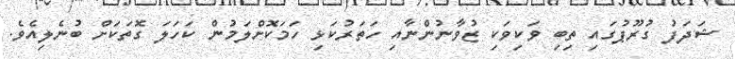
ޝަދަފު ގުރޫޕުގައި ތިބި ވަކިވަކި ޒުވާނުންނާއި ހަތަރުކަޅި ހަމަކޮށްލަމުން ކަހަލަ ގޮތަކަށް ބުނެލިއެވެ.